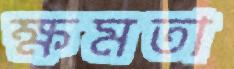
ক্ষমতা